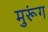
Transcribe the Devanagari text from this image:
मुरूंग